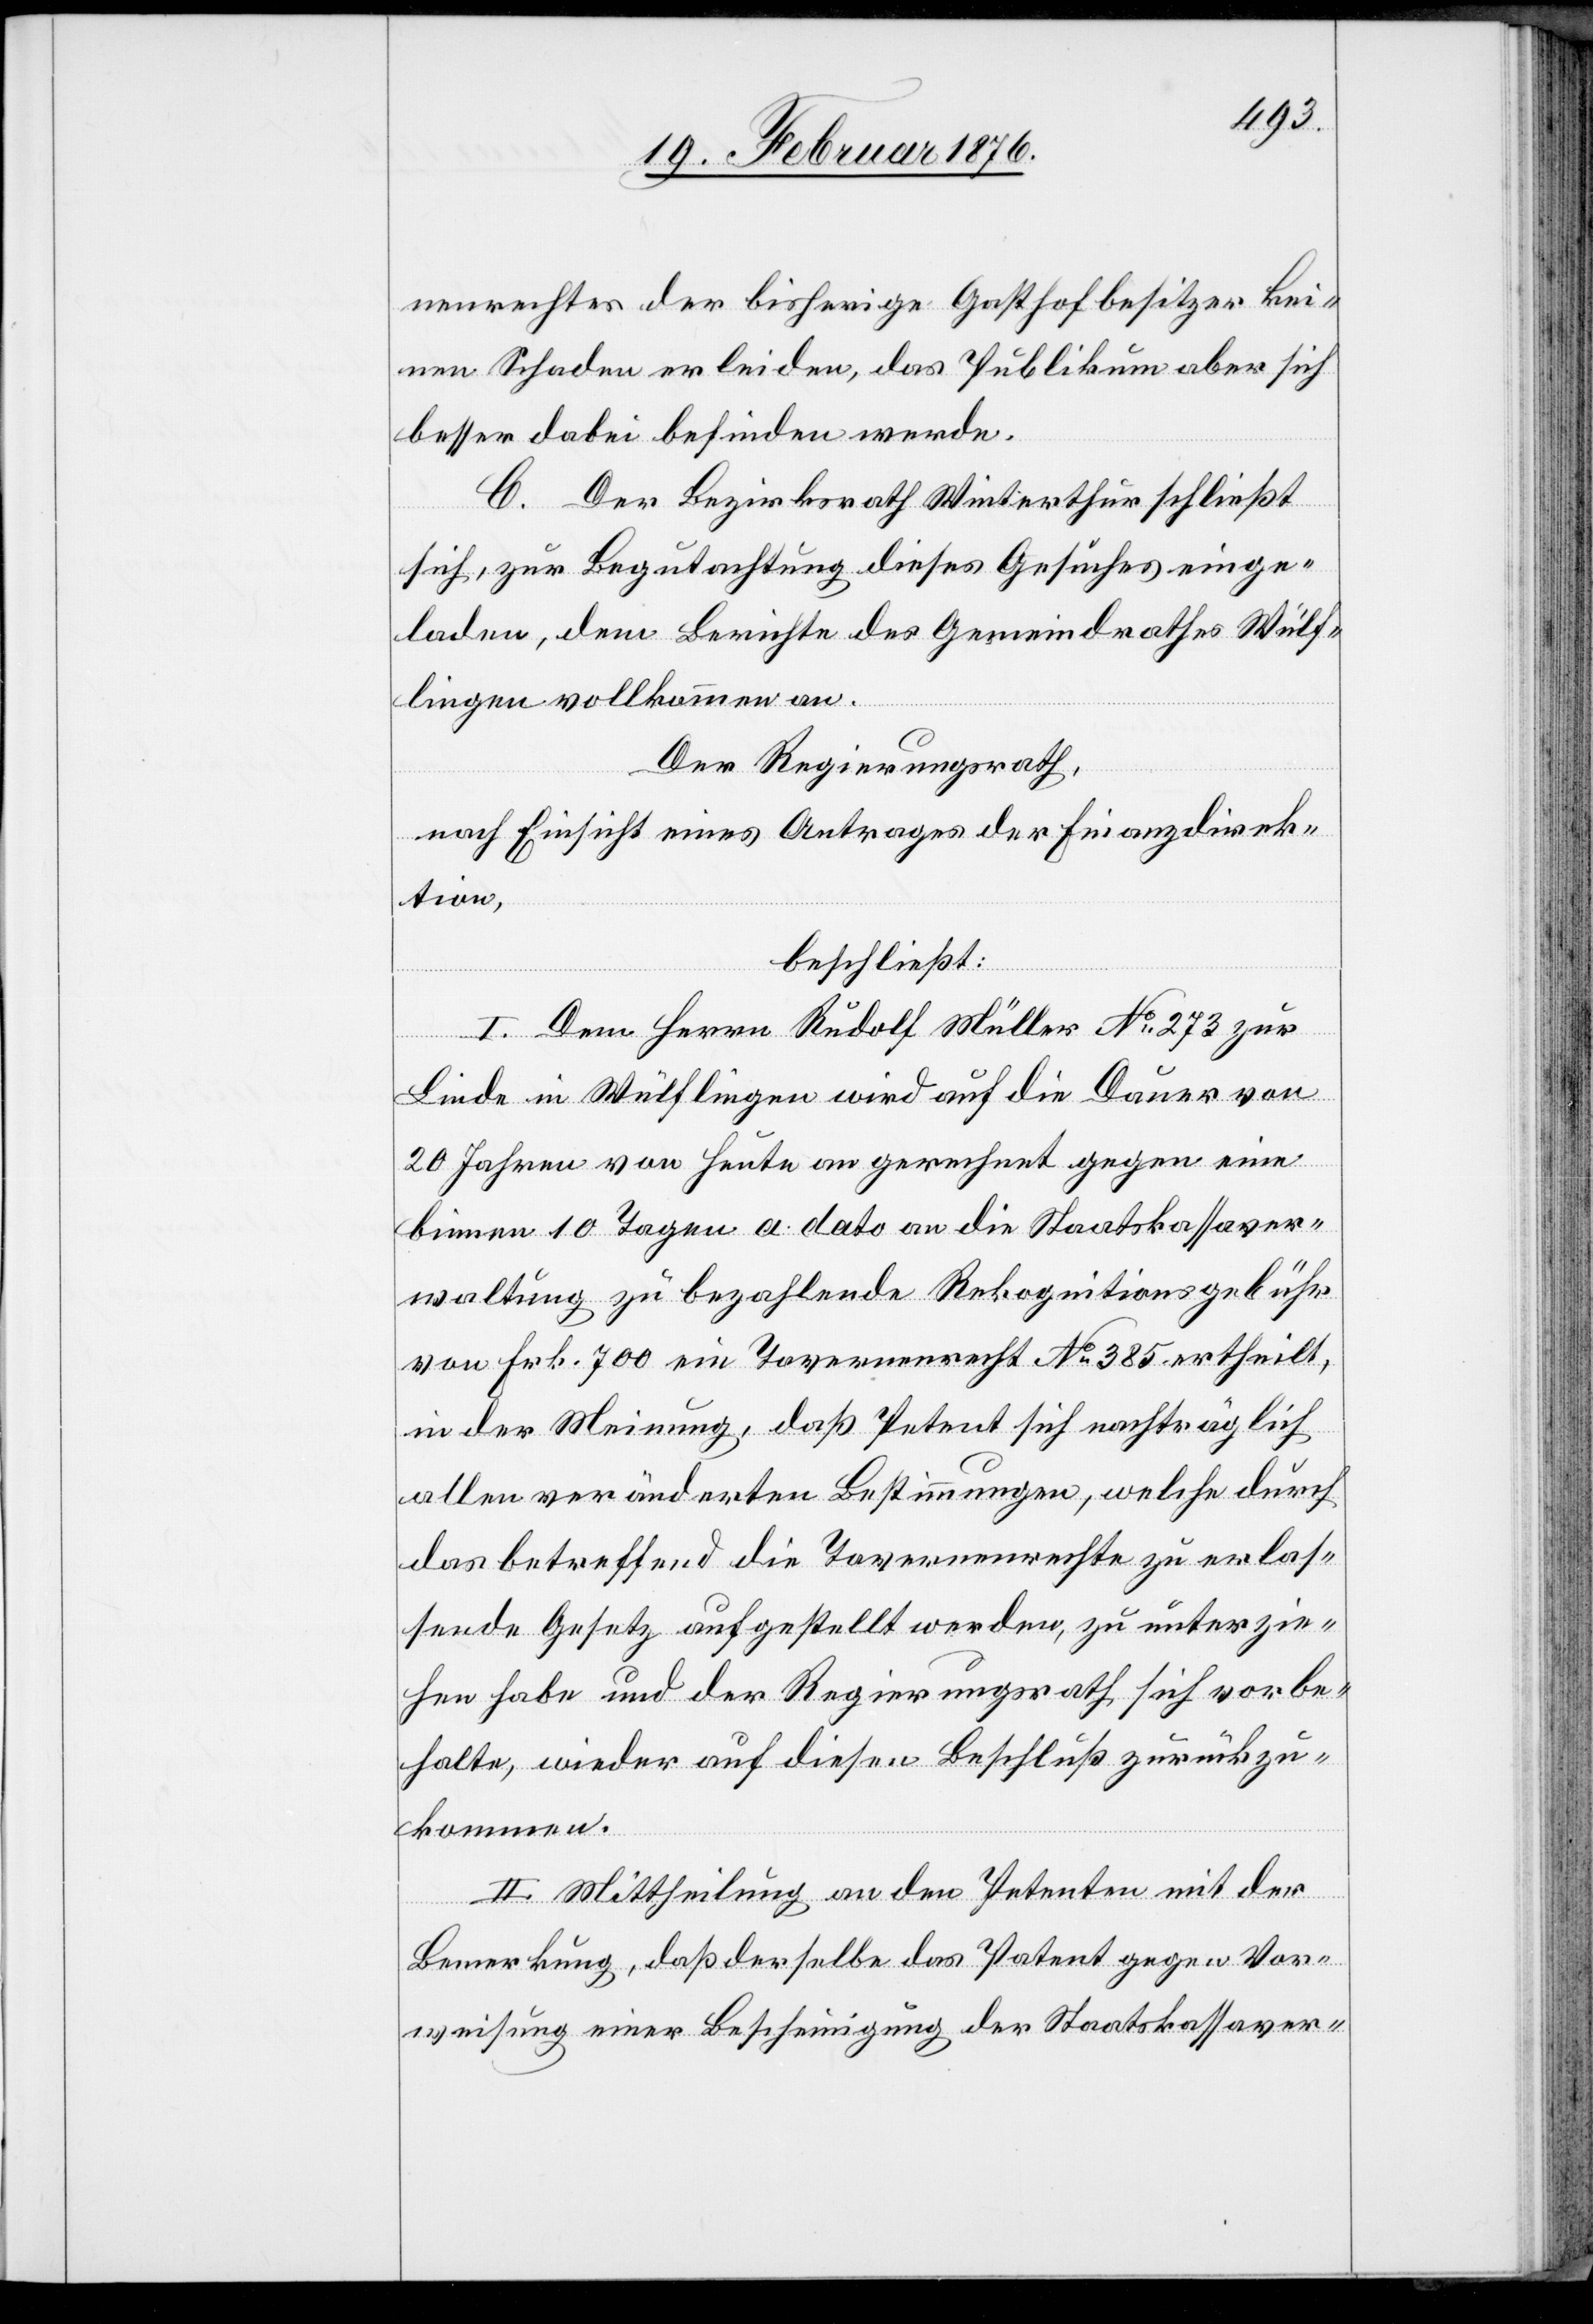
nenrechtes der bisherige Gashofbesitzer kei¬
nen Schaden erleiden, das Publikum aber sich
besser dabei befinden werde.
B. Der Bezirksrath Winterthur schließt
sich, zur Begutachtung dieses Gesuches einge¬
laden, dem Berichte des Gemeindrathes Wülf¬
lingen vollkommen an.
Der Regierungsrath,
nach Einsicht eines Antrages der Finanzdirek¬
tion,
beschließt:
I. Dem Herrn Rudolf Müller No 273 zur
Linde in Wülflingen wird auf die Dauer von
20 Jahren von Heute an gerechnet gegen eine
binnen 10 Tagen a dato an die Staatskassaver¬
waltung zu bezahlende Rekognitionsgebühr
von Frk. 700 ein Tavernenrecht Nr 385 ertheilt,
in der Meinung, daß Petent sich nachträglich
allen veränderten Bestimmungen, welche durch
das betreffend die Tavernenrechte zu erlas¬
sende Gesetz aufgestellt werden, zu unterzie¬
hen habe und der Regierungsrath sich vorbe¬
halte, wieder auf diesen Beschluß zurückzu¬
kommen.
II. Mitteilung an den Petenten mit der
Bemerkung, daß derselbe das Patent gegen Vor¬
weisung einer Bescheinigung der Staatskassaver-